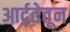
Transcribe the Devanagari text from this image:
आर्द्रतेतून